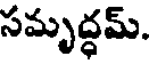
సమృద్ధమ్.